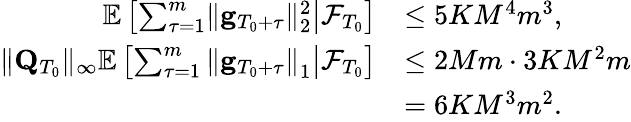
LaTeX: \begin{array}{rl}{\mathbb E\left[\left.\sum_{\tau=1}^{m}\lVert\mathbf g_{T_{0}+\tau}\rVert_{2}^{2}\right\rvert\mathcal F_{T_{0}}\right]}&{\le 5KM^{4}m^{3},}\\ {\lVert\mathbf Q_{T_{0}}\rVert_{\infty}\mathbb E\left[\left.\sum_{\tau=1}^{m}\left\lVert\mathbf g_{T_{0}+\tau}\right\rVert_{1}\right\rvert\mathcal F_{T_{0}}\right]}&{\le 2Mm\cdot 3KM^{2}m}\\ &{=6KM^{3}m^{2}.}\end{array}